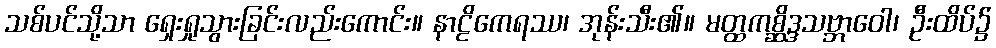
သစ်ပင်သို့သာ ရှေးရှုသွားခြင်းလည်းကောင်း။ နာဠိကေရဿ၊ အုန်းသီး၏။ မတ္ထကစ္ဆိဒ္ဒသဗ္ဘာဝေါ၊ ဦးထိပ်၌